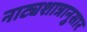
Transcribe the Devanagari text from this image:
नाट्यशात्रानुसार